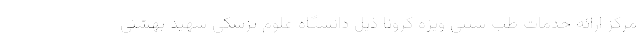
مرکز ارائه خدمات طب سنتی ویژه کرونا ذیل دانشگاه علوم پزشکی شهید بهشتی